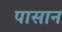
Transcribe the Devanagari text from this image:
पासान